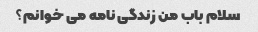
سلام باب من زندگی نامه می خوانم؟